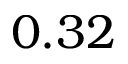
0 . 3 2